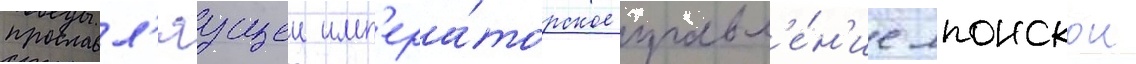
прославл'яущеи имп'ера́торское правл'е́н'ие японскои